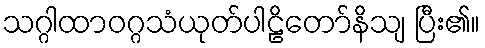
သဂ္ဂါထာဝဂ္ဂသံယုတ်ပါဠိတော်နိသျ ပြီး၏။